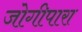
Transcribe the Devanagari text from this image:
जोगीपारा